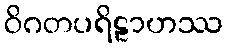
ဝိဂတပရိဠာဟဿ